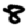
Digit: 8